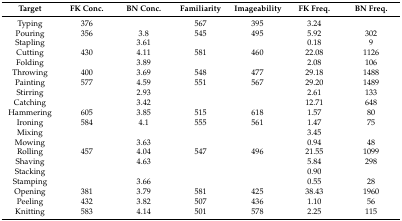
<table><thead><tr><td><b>Target</b></td><td><b>FK Conc.</b></td><td><b>BN Conc.</b></td><td><b>Familiarity</b></td><td><b>Imageability</b></td><td><b>FK Freq.</b></td><td><b>BN Freq.</b></td></tr></thead><tbody><tr><td>Typing</td><td>376</td><td></td><td>567</td><td>395</td><td>3.24</td><td></td></tr><tr><td>Pouring</td><td>356</td><td>3.8</td><td>545</td><td>495</td><td>5.92</td><td>302</td></tr><tr><td>Stapling</td><td></td><td>3.61</td><td></td><td></td><td>0.18</td><td>9</td></tr><tr><td>Cutting</td><td>430</td><td>4.11</td><td>581</td><td>460</td><td>22.08</td><td>1126</td></tr><tr><td>Folding</td><td></td><td>3.89</td><td></td><td></td><td>2.08</td><td>106</td></tr><tr><td>Throwing</td><td>400</td><td>3.69</td><td>548</td><td>477</td><td>29.18</td><td>1488</td></tr><tr><td>Painting</td><td>577</td><td>4.59</td><td>551</td><td>567</td><td>29.20</td><td>1489</td></tr><tr><td>Stirring</td><td></td><td>2.93</td><td></td><td></td><td>2.61</td><td>133</td></tr><tr><td>Catching</td><td></td><td>3.42</td><td></td><td></td><td>12.71</td><td>648</td></tr><tr><td>Hammering</td><td>605</td><td>3.85</td><td>515</td><td>618</td><td>1.57</td><td>80</td></tr><tr><td>Ironing</td><td>584</td><td>4.1</td><td>555</td><td>561</td><td>1.47</td><td>75</td></tr><tr><td>Mixing</td><td></td><td></td><td></td><td></td><td>3.45</td><td></td></tr><tr><td>Mowing</td><td></td><td>3.63</td><td></td><td></td><td>0.94</td><td>48</td></tr><tr><td>Rolling</td><td>457</td><td>4.04</td><td>547</td><td>496</td><td>21.55</td><td>1099</td></tr><tr><td>Shaving</td><td></td><td>4.63</td><td></td><td></td><td>5.84</td><td>298</td></tr><tr><td>Stacking</td><td></td><td></td><td></td><td></td><td>0.90</td><td></td></tr><tr><td>Stamping</td><td></td><td>3.66</td><td></td><td></td><td>0.55</td><td>28</td></tr><tr><td>Opening</td><td>381</td><td>3.79</td><td>581</td><td>425</td><td>38.43</td><td>1960</td></tr><tr><td>Peeling</td><td>432</td><td>3.82</td><td>507</td><td>436</td><td>1.10</td><td>56</td></tr><tr><td>Knitting</td><td>583</td><td>4.14</td><td>501</td><td>578</td><td>2.25</td><td>115</td></tr></tbody></table>